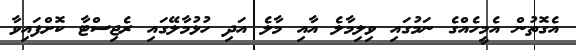
އެގޮތުން އެމީހެއްގެ ނަމުގައި ވިލިމާލެ އާއި މާލެ އަދި ހުޅުމާލޭގައި ރެޖިސްޓާ ކޮށްފައިވާ